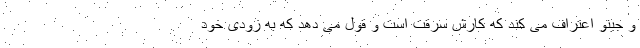
و جینو اعتراف می کند که کارش سرقت است و قول می دهد که به زودی خود